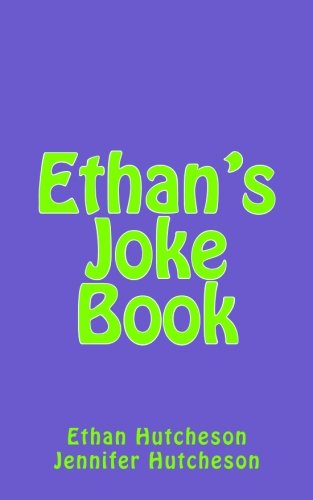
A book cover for Ethan's Joke Book: Hilarious Jokes for Kids; Ethan Hutcheson; Humor & Entertainment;